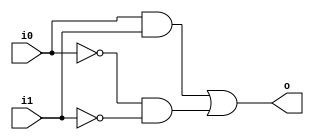
module comp
    (
    input wire i0,i1, 
    output wire o
    );

    wire p0,p1;
    
    assign p0 = i0 & i1;
    assign p1 = ~i0 & ~i1;
    assign o = p0 | p1;
    
endmodule